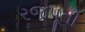
રજપૂતી